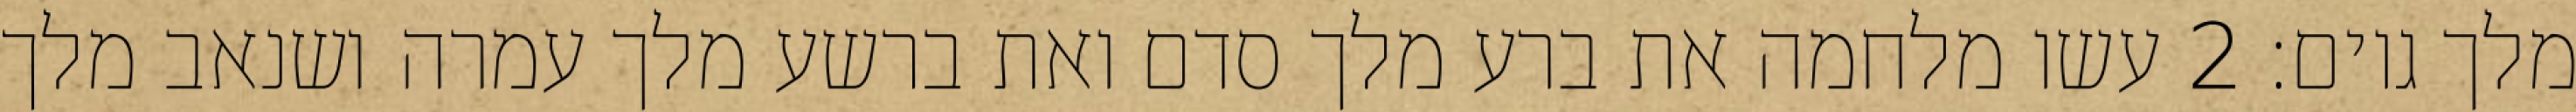
מלך גוים׃ ‎2‏ עשו מלחמה את ברע מלך סדם ואת ברשע מלך עמרה ושנאב מלך